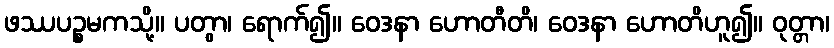
ဖဿပဉ္စမကသို့။ ပတွာ၊ ရောက်၍။ ဝေဒနာ ဟောတီတိ၊ ဝေဒနာ ဟောတိဟူ၍။ ဝုတ္တာ၊